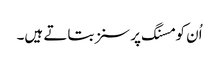
اُن کو مسنگ پرسنز بتاتے ہیں۔